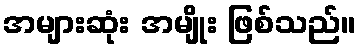
အများဆုံး အမျိုး ဖြစ်သည်။